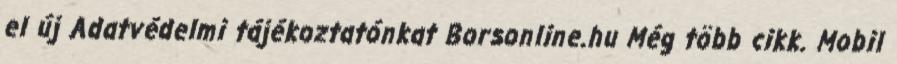
el új Adatvédelmi tájékoztatónkat Borsonline.hu Még több cikk. Mobil